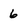
Character: 6